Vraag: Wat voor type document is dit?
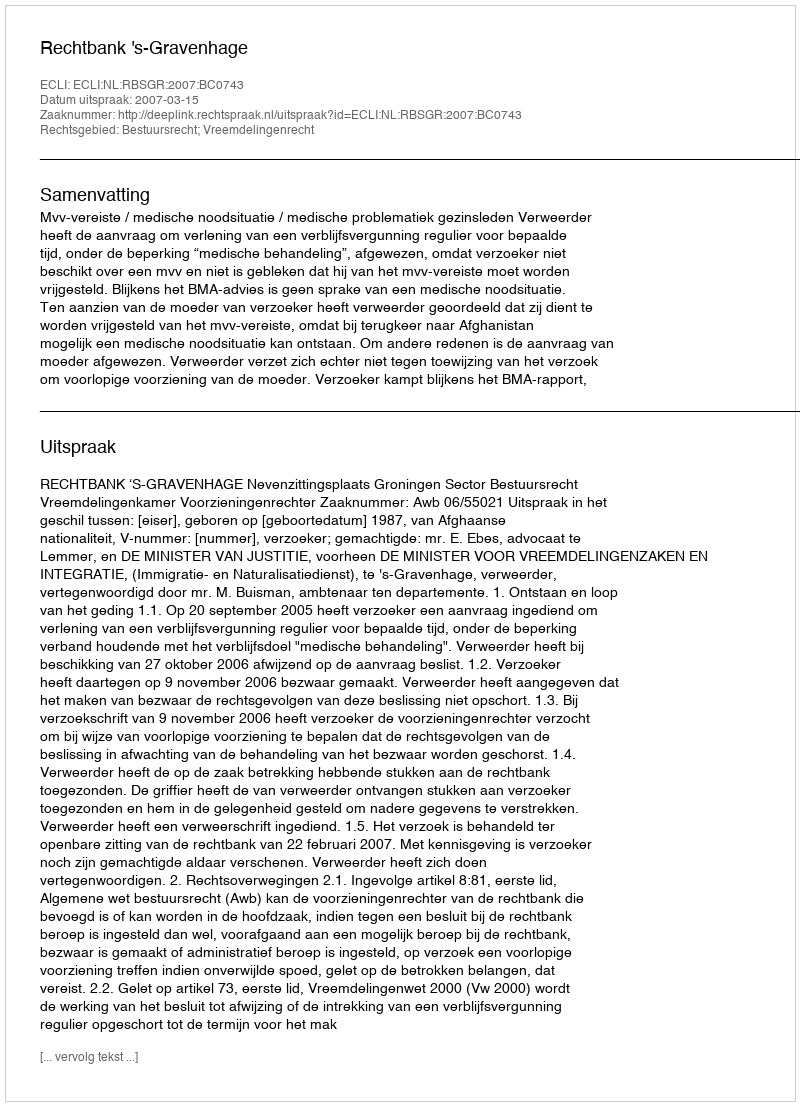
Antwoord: Uitspraak